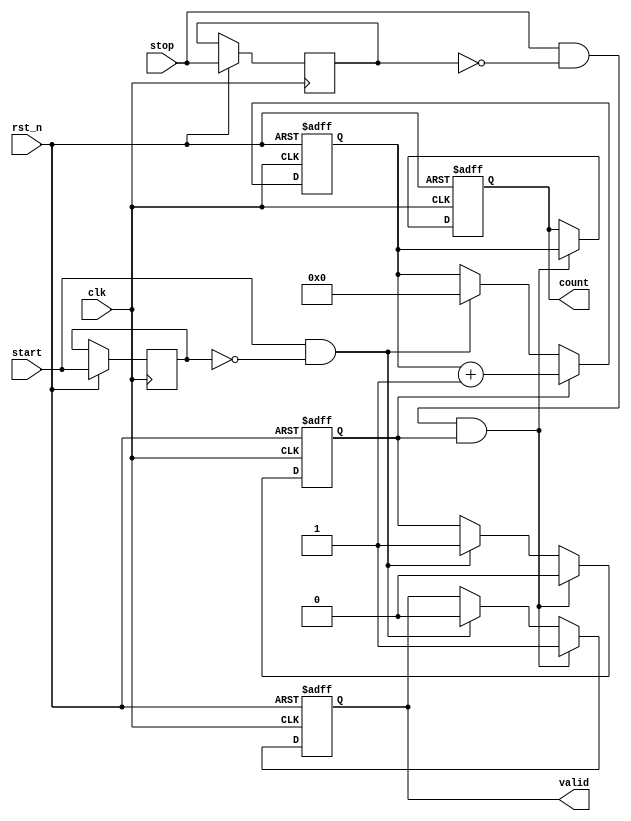
module TDC (
    input wire clk,           // High-frequency clock
    input wire rst_n,        // Active-low reset
    input wire start,        // Start signal
    input wire stop,         // Stop signal
    output reg [31:0] count, // Output count value (32-bit)
    output reg valid         // Indicates valid output
);

    reg [31:0] counter;      // 32-bit counter
    reg counting;            // Counting state flag

    // Edge detection for start and stop signals
    reg start_d, stop_d;

    // Counter process
    always @(posedge clk or negedge rst_n) begin
        if (!rst_n) begin
            counter <= 32'b0;
            counting <= 1'b0;
            valid <= 1'b0;
            count <= 32'b0;
        end else begin
            // Detect rising edge of start signal
            start_d <= start;
            if (start && !start_d) begin
                counting <= 1'b1; // Start counting
                counter <= 32'b0; // Reset counter
                valid <= 1'b0;    // Reset valid flag
            end
            
            // Counting logic
            if (counting) begin
                counter <= counter + 1'b1; // Increment counter
            end
            
            // Detect rising edge of stop signal
            stop_d <= stop;
            if (stop && !stop_d && counting) begin
                counting <= 1'b0; // Stop counting
                count <= counter;  // Latch count value
                valid <= 1'b1;     // Set valid flag
            end
        end
    end

endmodule